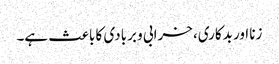
زنا اور بدکاری، خرابی و بربادی کا باعث ہے۔